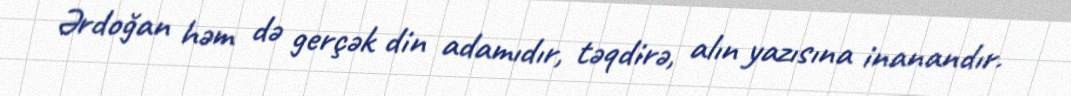
Ərdoğan həm də gerçək din adamıdır, təqdirə, alın yazısına inanandır.